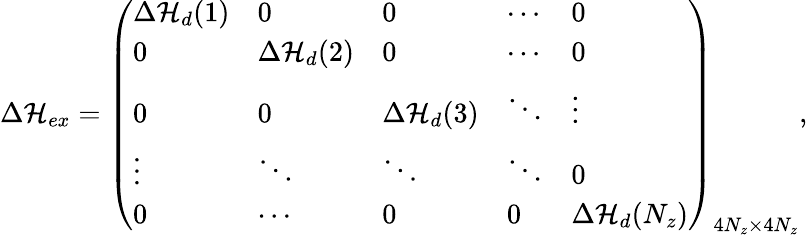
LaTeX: \begin{array}{r}{\Delta{\cal H}_{ex}=\left(\begin{array}{lllll}{\Delta{\cal H}_{d}(1)}&{0}&{0}&{\cdots}&{0}\\ {0}&{\Delta{\cal H}_{d}(2)}&{0}&{\cdots}&{0}\\ {0}&{0}&{\Delta{\cal H}_{d}(3)}&{\ddots}&{\vdots}\\ {\vdots}&{\ddots}&{\ddots}&{\ddots}&{0}\\ {0}&{\cdots}&{0}&{0}&{\Delta{\cal H}_{d}(N_{z})}\end{array}\right)_{4N_{z}\times 4N_{z}},}\end{array}